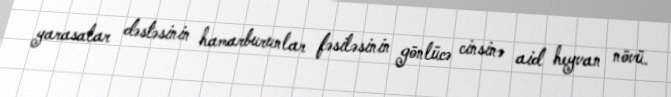
yarasalar dəstəsinin hamarburunlar fəsiləsinin gönlücə cinsinə aid heyvan növü.